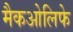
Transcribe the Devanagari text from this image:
मैकओलिफे